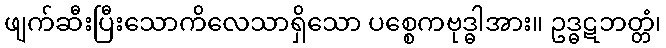
ဖျက်ဆီးပြီးသောကိလေသာရှိသော ပစ္စေကဗုဒ္ဓါအား။ ဥဒ္ဓဋဘတ္တံ၊